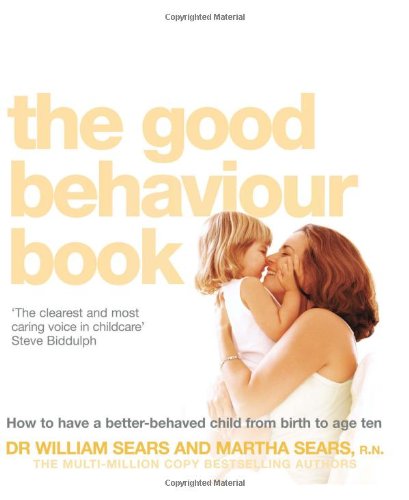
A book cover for The Good Behaviour Book: To Have a Better-Behaved Child from Birth to Age Ten. William Sears and Martha Sears How to Have a Better-Behaved Chil; William Sears; Parenting & Relationships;